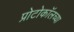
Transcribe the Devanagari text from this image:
प्रोटोकॉलच्या